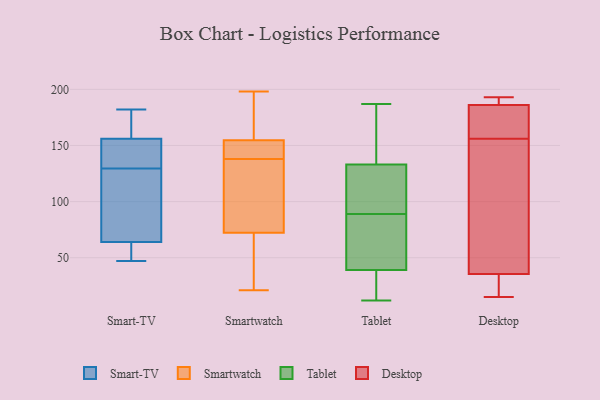
{"axis": {"x": "Operating Costs (USD K)", "y": "Value"}, "legend": ["Desktop", "Smart-TV", "Smartwatch", "Tablet"], "data": [{"x": "", "y": 133, "type": "Smart-TV"}, {"x": "", "y": 166, "type": "Smart-TV"}, {"x": "", "y": 156, "type": "Smart-TV"}, {"x": "", "y": 150, "type": "Smart-TV"}, {"x": "", "y": 182, "type": "Smart-TV"}, {"x": "", "y": 84, "type": "Smart-TV"}, {"x": "", "y": 112, "type": "Smart-TV"}, {"x": "", "y": 58, "type": "Smart-TV"}, {"x": "", "y": 161, "type": "Smart-TV"}, {"x": "", "y": 47, "type": "Smart-TV"}, {"x": "", "y": 64, "type": "Smart-TV"}, {"x": "", "y": 131, "type": "Smart-TV"}, {"x": "", "y": 51, "type": "Smart-TV"}, {"x": "", "y": 128, "type": "Smart-TV"}, {"x": "", "y": 157, "type": "Smartwatch"}, {"x": "", "y": 72, "type": "Smartwatch"}, {"x": "", "y": 73, "type": "Smartwatch"}, {"x": "", "y": 127, "type": "Smartwatch"}, {"x": "", "y": 198, "type": "Smartwatch"}, {"x": "", "y": 148, "type": "Smartwatch"}, {"x": "", "y": 138, "type": "Smartwatch"}, {"x": "", "y": 49, "type": "Smartwatch"}, {"x": "", "y": 144, "type": "Smartwatch"}, {"x": "", "y": 106, "type": "Smartwatch"}, {"x": "", "y": 144, "type": "Smartwatch"}, {"x": "", "y": 196, "type": "Smartwatch"}, {"x": "", "y": 170, "type": "Smartwatch"}, {"x": "", "y": 136, "type": "Smartwatch"}, {"x": "", "y": 167, "type": "Smartwatch"}, {"x": "", "y": 141, "type": "Smartwatch"}, {"x": "", "y": 66, "type": "Smartwatch"}, {"x": "", "y": 21, "type": "Smartwatch"}, {"x": "", "y": 48, "type": "Smartwatch"}, {"x": "", "y": 28, "type": "Tablet"}, {"x": "", "y": 166, "type": "Tablet"}, {"x": "", "y": 89, "type": "Tablet"}, {"x": "", "y": 120, "type": "Tablet"}, {"x": "", "y": 12, "type": "Tablet"}, {"x": "", "y": 187, "type": "Tablet"}, {"x": "", "y": 66, "type": "Tablet"}, {"x": "", "y": 187, "type": "Tablet"}, {"x": "", "y": 157, "type": "Tablet"}, {"x": "", "y": 135, "type": "Tablet"}, {"x": "", "y": 51, "type": "Tablet"}, {"x": "", "y": 35, "type": "Tablet"}, {"x": "", "y": 107, "type": "Tablet"}, {"x": "", "y": 107, "type": "Tablet"}, {"x": "", "y": 127, "type": "Tablet"}, {"x": "", "y": 18, "type": "Tablet"}, {"x": "", "y": 78, "type": "Tablet"}, {"x": "", "y": 24, "type": "Tablet"}, {"x": "", "y": 87, "type": "Tablet"}, {"x": "", "y": 20, "type": "Desktop"}, {"x": "", "y": 156, "type": "Desktop"}, {"x": "", "y": 193, "type": "Desktop"}, {"x": "", "y": 76, "type": "Desktop"}, {"x": "", "y": 19, "type": "Desktop"}, {"x": "", "y": 157, "type": "Desktop"}, {"x": "", "y": 155, "type": "Desktop"}, {"x": "", "y": 191, "type": "Desktop"}, {"x": "", "y": 22, "type": "Desktop"}, {"x": "", "y": 183, "type": "Desktop"}, {"x": "", "y": 162, "type": "Desktop"}, {"x": "", "y": 15, "type": "Desktop"}, {"x": "", "y": 76, "type": "Desktop"}, {"x": "", "y": 187, "type": "Desktop"}, {"x": "", "y": 193, "type": "Desktop"}]}